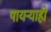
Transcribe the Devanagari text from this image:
पायऱ्याही